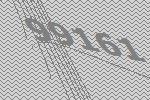
99161